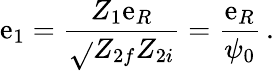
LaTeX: \mathrm{e}_{1}=\frac{{Z_{1}\mathrm{e}_{R}}}{{\sqrt{}{{Z_{2f}Z_{2i}}}}}=\frac{{\mathrm{e}_{R}}}{{\psi_{0}}}\, .